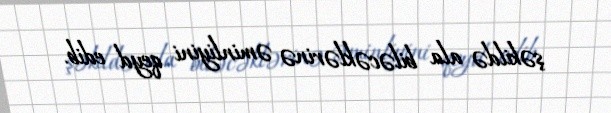
şəkildə ala biləcəklərinə əminliyini qeyd edib.